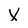
Character: X